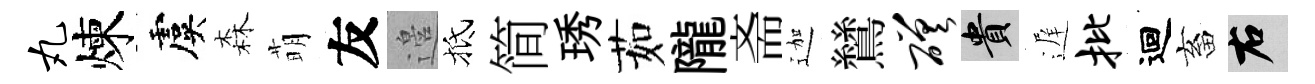
丸煉虞森萌友邉抵简琇茹隴斋迦鷥磋貴遅批迴畜右